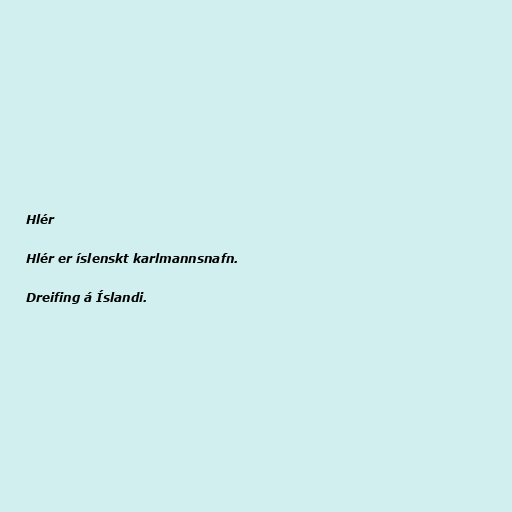
Hlér

Hlér er íslenskt karlmannsnafn.

Dreifing á Íslandi.